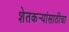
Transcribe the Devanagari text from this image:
शेतकर्‍यांसाठीचा